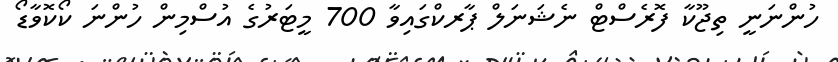
ހުންނަނީ ތިޖޫކާ ފޮރެސްޓް ނެޝަނަލް ޕާރކްގައިވާ 700 މީޓަރުގެ އުސްމިން ހުންނަ ކޯކޮވާޑޯ